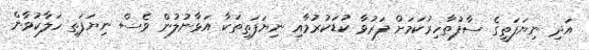
އަދި ނިޔަފަތީގެ ސާފުތާހިރުކަމަށް ފަރުވާ ކުޑަކުރުމާއި ނިޔަފަތިތަކާ އަޅާނުލުން ވެސް ނިޔަފަތި ހަލާކުވާން